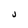
Character: j